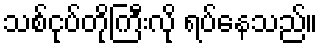
သစ်ငုပ်တိုကြီးလို ရပ်နေသည်။